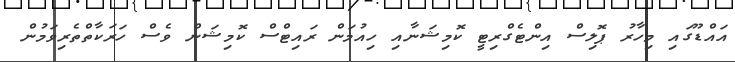
އައްޑޫގައި މިހާރު ޕޮލިސް އިންޓެގްރިޓީ ކޮމިޝަނާއި ހިއުމަން ރައިޓްސް ކޮމިޝަން ވެސް ހަރަކާތްތެރިވަމުން